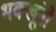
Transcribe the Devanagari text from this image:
भक्खूंनी